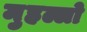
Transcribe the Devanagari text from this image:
मुहल्लो